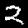
Digit: 2